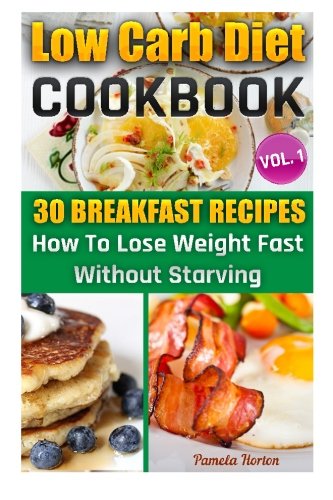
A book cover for LOW CARB DIET COOKBOOK. Vol. 1. 30 Breakfast Recipes. How To Lose Weight Fast Without Starving: (High Protein, Low Carbohydrate Diet, Weight Loss, Low ... Cookbook, Low Carb High Fat Diet) (Volume 1); Pamela Horton; Cookbooks, Food & Wine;